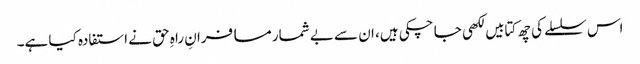
اس سلسلے کی چھ کتابیں لکھی جا چکی ہیں، ان سے بے شمار مسافرانِ راہِ حق نے استفادہ کیا ہے۔